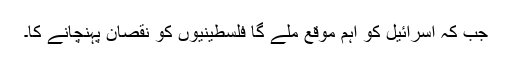
جب کہ اسرائیل کو اہم موقع ملے گا فلسطینیوں کو نقصان پہنچانے کا۔